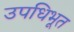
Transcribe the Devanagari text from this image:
उपधिभूत